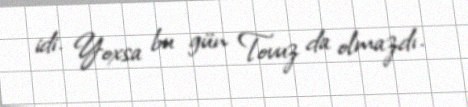
idi. Yoxsa bu gün Tovuz da olmazdı.